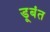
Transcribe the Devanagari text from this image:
डूबंत